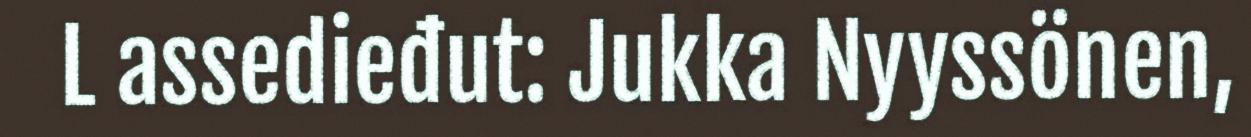
L assedieđut: Jukka Nyyssönen,